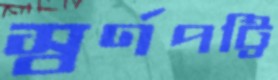
স্বর্ণপট্টি